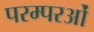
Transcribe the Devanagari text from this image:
परम्परओं